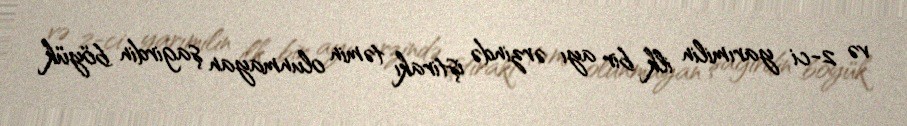
və 2-ci yarımilin ilk bir ayı ərzində iştirakı təmin olunmayan şagirdin böyük